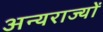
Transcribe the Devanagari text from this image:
अन्यराज्यों